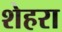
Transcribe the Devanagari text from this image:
शेहरा